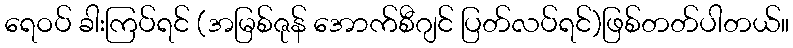
ရေဝပ် ခါးကြပ်ရင် (အမြစ်ဇုန် အောက်စီဂျင် ပြတ်လပ်ရင်)ဖြစ်တတ်ပါတယ်။